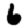
Digit: 6